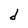
Character: d